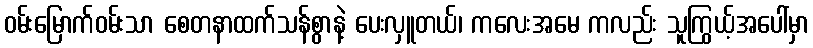
ဝမ်းမြောက်ဝမ်းသာ စေတနာထက်သန်စွာနဲ့ ပေးလှူတယ်၊ ကလေးအမေ ကလည်း သူကြွယ့်အပေါ်မှာ